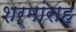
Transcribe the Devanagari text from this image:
शर्मांसह